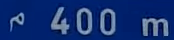
400 m